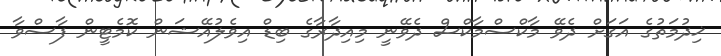
ޚިދުމަތުގެ އަގަށް ދެވޭ މާކްސްމާކްސް ދެވޭނީ މިއިދާރާގެ ބިޑް އިވެލުއޭޝަން ކޮމެޓީން ފާސްވާ